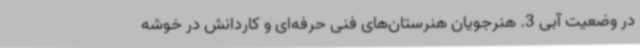
در وضعیت آبی 3. هنرجویان هنرستان‌های فنی حرفه‌ای و کاردانش در خوشه